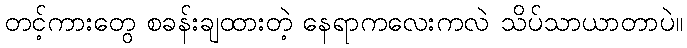
တင့်ကားတွေ စခန်းချထားတဲ့ နေရာကလေးကလဲ သိပ်သာယာတာပဲ။